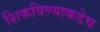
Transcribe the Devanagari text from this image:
शिकविण्याकडेच